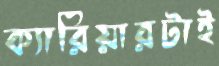
ক্যারিয়ারটাই